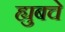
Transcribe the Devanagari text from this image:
ह्युबचे